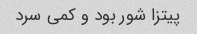
پیتزا شور بود و کمی سرد